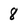
Character: 8